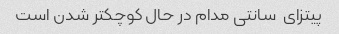
پیتزای  سانتی مدام در حال کوچکتر شدن است